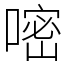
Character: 嘧